Lunatic asylums Bombay report 1891-1903 - 1891-1903
Year: 1891
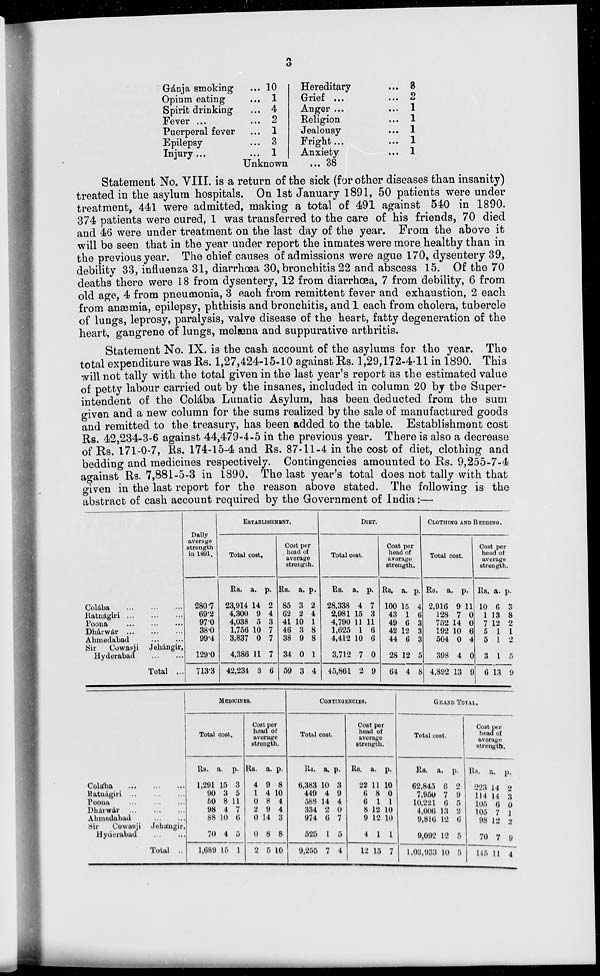
3
Gánja smoking ...
Opium eating ...
Spirit drinking ...
Fever ... ...
Puerperal fever ...
Epilepsy ...
Injury ... ...
10
1
4
2
1
3
1
Unknown ...
Hereditary
Grief ... ...
Anger ... ...
Religion ...
Jealousy ...
Fright ... ...
Anxiety ...
3
2
1
1
1
1
1
38
Statement No. VIII. is a return of the sick (for other diseases than insanity)
treated in the asylum hospitals. On 1st January 1891, 50 patients were under
treatment, 441 were admitted, making a total of 491 against 540 in 1890.
374 patients were cured, 1 was transferred to the care of his friends, 70 died
and 46 were under treatment on the last day of the year. From the above it
will be seen that in the year under report the inmates were more healthy than in
the previous year. The chief causes of admissions were ague 170, dysentery 39,
debility 33, influenza 31, diarrhœa 30, bronchitis 22 and abscess 15. Of the 70
deaths there were 18 from dysentery, 12 from diarrhœa, 7 from debility, 6 from
old age, 4 from pneumonia, 3 each from remittent fever and exhaustion, 2 each
from anæmia, epilepsy, phthisis and bronchitis, and 1 each from cholera, tubercle
of lungs, leprosy, paralysis, valve disease of the heart, fatty degeneration of the
heart, gangrene of lungs, melæna and suppurative arthritis.
Statement No. IX. is the cash account of the asylums for the year. The
total expenditure was Rs. 1,27,424-15-10 against Rs. 1,29,172-4-11 in 1890. This
will not tally with the total given in the last year's report as the estimated value
of petty labour carried out by the insanes, included in column 20 by the Super-
intendent of the Colába Lunatic Asylum, has been deducted from the sum
given and a new column for the sums realized by the sale of manufactured goods
and remitted to the treasury, has been added to the table. Establishment cost
Rs. 42,234-3-6 against 44,479-4-5 in the previous year. There is also a decrease
of Rs. 171-0-7, Rs. 174-15-4 and Rs. 87-11-4 in the cost of diet, clothing and
bedding and medicines respectively. Contingencies amounted to Rs. 9,255-7-4
against Rs. 7,881-5-3 in 1890. The last year's total does not tally with that
given in the last report for the reason above stated. The following is the
abstract of cash account required by the Government of India :—
Colába
...
...
...
Ratnágiri
...
...
...
Poona
...
...
...
Dhárwár
...
...
...
Ahmedabad
...
...
Sir
Cowasji Jehángir,
Hyderabad
...
...
Total ...
Daily
average
strength
in 1891.
280.7
69.2
97.0
38.0
99.4
129.0
713.3
ESTABLISHMENT.
Total cost.
Rs.
23,914
4,300
4,038
1,756
3,837
4,386
42,234
a.
14
9
5
10
0
11
3
p.
2
4
3
7
7
7
6
Cost per
head of
average
strength.
Rs.
85
62
41
46
38
34
59
a.
3
2
10
3
9
0
3
p.
2
4
1
8
8
1
4
DIET.
Total cost.
Rs.
28,338
2,981
4,790
1,625
4,412
3,712
45,861
a.
4
15
11
1
10
7
2
p.
7
3
11
6
6
0
9
Cost per
head of
average
strength.
Rs.
100
43
49
42
44
28
64
a.
15
1
6
12
6
12
4
p.
4
6
3
3
3
5
8
CLOTHING AND BEDDING.
Total cost.
Rs.
2,916
128
752
192
504
398
4,892
a.
9
7
14
10
0
4
13
p.
11
0
0
6
4
0
9
Cost per
head of
average
strength.
Rs.
10
1
7
5
5
3
6
a.
6
13
12
1
1
1
13
p.
3
8
2
1
2
5
9
Colába
...
...
...
Ratnágiri ...
...
...
Poona
...
...
...
Dhárwár
...
...
...
Ahmedabad
...
...
Sir
Cowasji Jehángir,
Hyderabad
...
...
Total ..
MEDICINES.
Total cost.
Rs.
1,291
90
50
98
88
70
1,689
a.
15
3
8
4
10
4
15
p.
3
5
11
7
6
5
1
Cost per
head of
average
strength.
Rs.
4
1
0
2
0
0
2
a.
9
4
8
9
14
8
5
p.
8
10
4
4
3
8
10
CONTINGENCIES.
Total cost.
Rs.
6,383
449
588
334
974
525
9,255
a.
10
4
14
2
6
1
7
p.
3
9
4
0
7
5
4
Cost per
head of
average
strength.
Rs.
22
6
6
8
9
4
12
a.
11
8
1
12
12
1
15
p.
10
0
1
10
10
1
7
GRAND TOTAL.
Total cost.
Rs.
62,845
7,950
10,221
4,006
9,816
9,092
1,03,933
a.
6
7
6
13
12
12
10
p.
2
9
5
2
6
5
5
Cost per
head of
average
strength.
Rs.
223
114
105
105
98
70
145
a.
14
14
6
7
12
7
11
p.
2
3
0
1
1
9
4